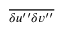
\overline { { { \delta u ^ { \prime \prime } \delta v ^ { \prime \prime } } } }